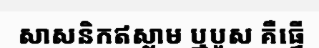
សាសនិកឥស្លាម ឬបួស គឺធ្វើ